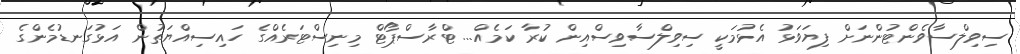
ސިވިލްސާވެންޓުންނަށް ފިޔަވަޅު އެޅުމަކީ ސިވިލްސާވިސްއިން ކުރާ ކަމެއް... ޓްރާސްޕޯޓް މިނިސްޓަރެއްގެ ހައިސިއްޔަތުން އަޅުގަނޑުމެންގެ